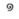
១